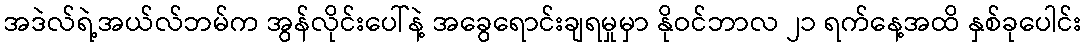
အဒဲလ်ရဲ့အယ်လ်ဘမ်က အွန်လိုင်းပေါ်နဲ့ အခွေရောင်းချရမှုမှာ နိုဝင်ဘာလ ၂၁ ရက်နေ့အထိ နှစ်ခုပေါင်း